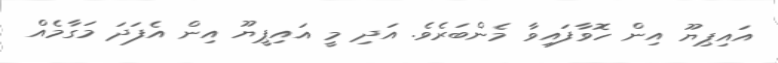
އައިޕިޔޫ އިން ހޮވާފައިވާ މެންބަރެވެ. އަދި މީ އައިޕީޔޫ އިން އެފަދަ މަގާމެއް